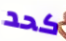
كحد